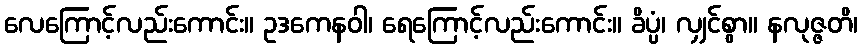
လေကြောင့်လည်းကောင်း။ ဥဒကေနဝါ၊ ရေကြောင့်လည်းကောင်း။ ခိပ္ပံ၊ လျှင်စွာ။ နလုဇ္ဇတိ၊